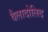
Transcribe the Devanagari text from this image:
वैलादोलिद